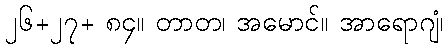
၂၆+၂၇+ ၈၄။ တာတ၊ အမောင်။ အာရောဂျံ၊